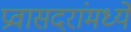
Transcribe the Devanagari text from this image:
प्रवासदरांमध्ये